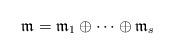
LaTeX: \begin{align*} \mathfrak{m} = \mathfrak{m}_1 \oplus \cdots \oplus \mathfrak{m}_s\end{align*}